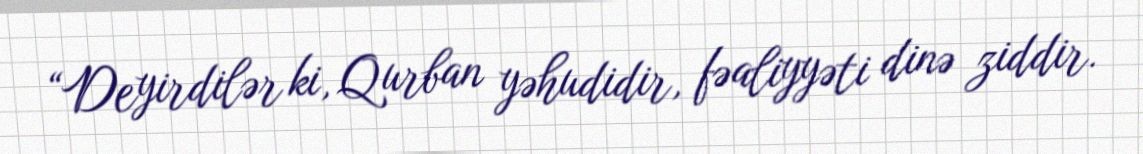
“Deyirdilər ki, Qurban yəhudidir, fəaliyyəti dinə ziddir.